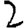
Digit: 2